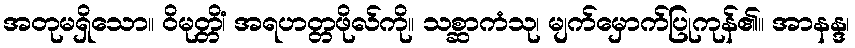
အတုမရှိသော။ ဝိမုတ္တိံ၊ အရဟတ္တဖိုလ်ကို။ သစ္ဆာကံသု၊ မျက်မှောက်ပြုကုန်၏။ အာနန္ဒ၊